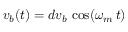
v _ { b } ( t ) = d v _ { b } \, \cos ( \omega _ { m } \, t )